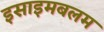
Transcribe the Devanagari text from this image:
इसाइमबलम